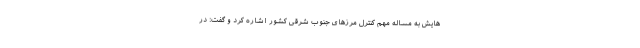
هایش به مساله مهم کنترل مرزهای جنوب شرقی کشور اشاره کرد و گفت: در